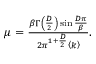
\begin{array} { r } { \mu = \frac { \beta \Gamma \left( \frac { D } { 2 } \right) \sin \frac { D \pi } { \beta } } { 2 \pi ^ { 1 + \frac { D } { 2 } } \left< k \right> } . } \end{array}